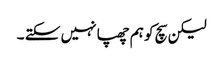
لیکن سچ کو ہم چھپا نہیں سکتے ۔